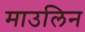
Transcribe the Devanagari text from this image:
माउलिन